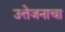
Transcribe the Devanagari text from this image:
उत्तेजनाचा